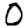
Digit: 0